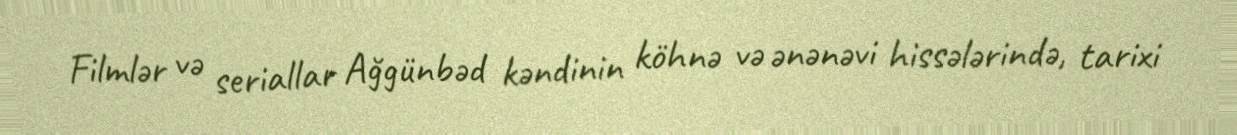
Filmlər və seriallar Ağgünbəd kəndinin köhnə və ənənəvi hissələrində, tarixi